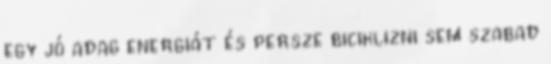
egy jó adag energiát és persze biciklizni sem szabad